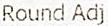
ROUND ADJ